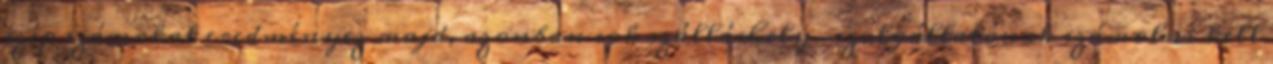
szép számokat eredményez majd, azonban sok szálláshely-szolgáltatónak számolni kell